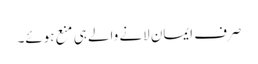
صرف ایمان لانے والے ہی منع ہوئے۔